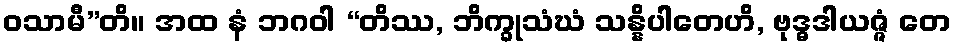
ဝသာမီ”တိ။ အထ နံ ဘဂဝါ “တိဿ, ဘိက္ခုသံဃံ သန္နိပါတေဟိ, ဗုဒ္ဓဒါယဇ္ဇံ တေ